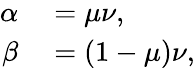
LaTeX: \begin{array}{rl}{\alpha}&{{}=\mu\nu,}\\ {\beta}&{{}=(1-\mu)\nu,}\end{array}